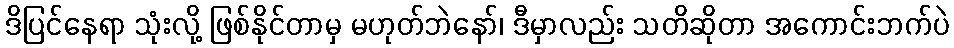
ဒိပြင်နေရာ သုံးလို့ ဖြစ်နိုင်တာမှ မဟုတ်ဘဲနော်၊ ဒီမှာလည်း သတိဆိုတာ အကောင်းဘက်ပဲ